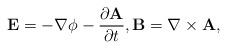
LaTeX: \begin{align*}\mathbf{E} = -\nabla \phi - \frac{\partial \mathbf{A}}{\partial t}, \mathbf{B} = \nabla\times\mathbf{A},\end{align*}